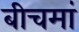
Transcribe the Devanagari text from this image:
बीचमां